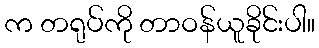
က တရုပ်ကို တာဝန်ယူခိုင်းပါ။